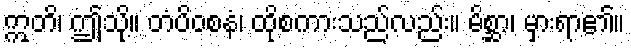
ဣတိ၊ ဤသို့။ တံပိဝစနံ၊ ထိုစကားသည်လည်း။ မိစ္ဆာ၊ မှားရာ၏။